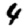
Digit: 4